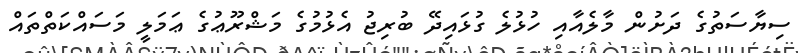
ސިޔާސަތުގެ ދަށުން މާލެއާއި ހުޅުލެ ގުޅައިދޭ ބުރިޖު އެޅުމުގެ މަޝްރޫޢުގެ ޢަމަލީ މަސައްކަތްތައް